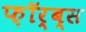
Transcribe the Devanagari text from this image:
फ़ॉर्ब्स